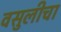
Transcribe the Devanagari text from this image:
वसुलीचा